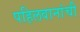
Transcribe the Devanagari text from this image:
पहिलवानांची